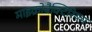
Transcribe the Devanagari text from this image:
माइक्रोबैक्टिरियम